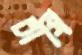
চাষি